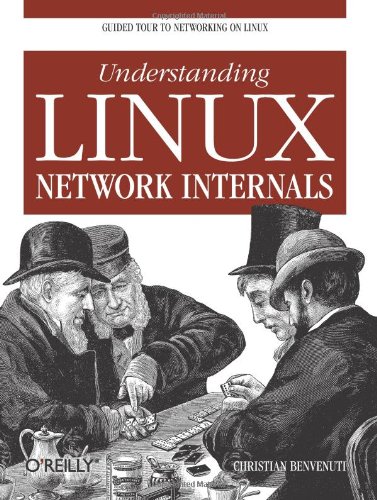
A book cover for Understanding Linux Network Internals; Christian Benvenuti; Computers & Technology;